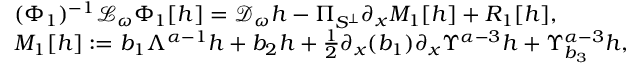
\begin{array} { r l } & { ( \Phi _ { 1 } ) ^ { - 1 } \mathcal { L } _ { \omega } \Phi _ { 1 } [ h ] = \mathcal { D } _ { \omega } h - \Pi _ { S ^ { \perp } } \partial _ { x } M _ { 1 } [ h ] + R _ { 1 } [ h ] , } \\ & { M _ { 1 } [ h ] : = { b } _ { 1 } \Lambda ^ { \alpha - 1 } h + { b } _ { 2 } h + \frac { 1 } { 2 } \partial _ { x } ( { b } _ { 1 } ) \partial _ { x } \Upsilon ^ { \alpha - 3 } h + \Upsilon _ { b _ { 3 } } ^ { \alpha - 3 } h , } \end{array}